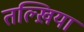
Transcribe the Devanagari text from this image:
तल्ख़ियां